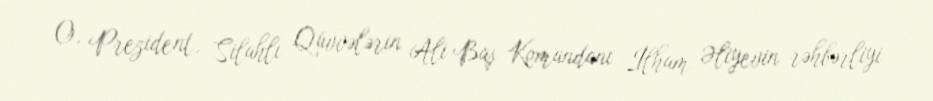
O, Prezident, Silahlı Qüvvələrin Ali Baş Komandanı İlham Əliyevin rəhbərliyi